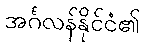
အင်္ဂလန်နိုင်ငံ၏